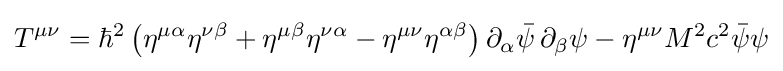
T^{\mu \nu }=\hbar ^{2}\left(\eta ^{\mu \alpha }\eta ^{\nu \beta }+\eta ^{\mu \beta }\eta ^{\nu \alpha }-\eta ^{\mu \nu }\eta ^{\alpha \beta }\right)\partial _{\alpha }{\bar {\psi }}\,\partial _{\beta }\psi -\eta ^{\mu \nu }M^{2}c^{2}{\bar {\psi }}\psi